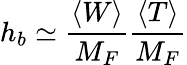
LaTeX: h_{b}\simeq\frac{\langle W\rangle}{M_{F}}\frac{\langle T\rangle}{M_{F}}